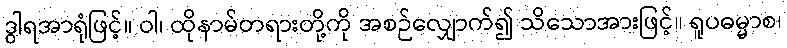
ဒွါရအာရုံဖြင့်။ ဝါ၊ ထိုနာမ်တရားတို့ကို အစဉ်လျှောက်၍ သိသောအားဖြင့်။ ရူပဓမ္မာစ၊